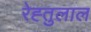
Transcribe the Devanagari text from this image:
रेह्तुलाल